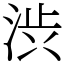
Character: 渋